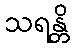
သရန္တိ